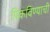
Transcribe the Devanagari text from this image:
पिकविण्याची